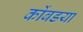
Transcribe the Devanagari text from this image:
कोंबडया